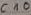
Text: C10